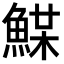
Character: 𩸏